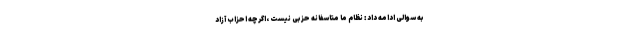
به سوالی ادامه داد : نظام ما متاسفانه حزبی نیست ،اگرچه احزاب آزاد